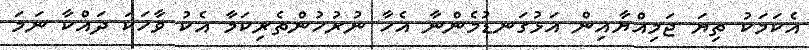
އެކަމަކު ތިޔަ ޖަމިއްޔާއިން އަޅުގަނޑުމެންނާ އެހާ ނުރުހުންތެރިކަމާ އެކު ވާހަކަ ދައްކާ ނަމަ